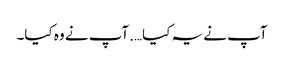
آپ نے یہ کیا….آپ نے وہ کیا۔